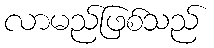
လာမည်ဖြစ်သည်